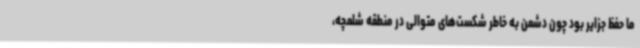
ما حفظ جزایر بود چون دشمن به خاطر شکست‌های متوالی در منطقه شلمچه،